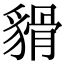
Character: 𧳸